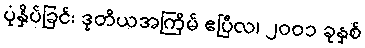
ပုံနှိပ်ခြင်း ဒုတိယအကြိမ် ဧပြီလ၊ ၂၀၀၁ ခုနှစ်